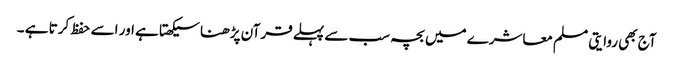
آج بھی روایتی مسلم معاشرے میں بچہ سب سے پہلے قرآن پڑھنا سیکھتا ہے اور اسے حفظ کرتا ہے ۔